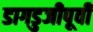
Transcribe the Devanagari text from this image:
डागडुजीपूर्वी